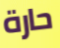
حارة